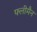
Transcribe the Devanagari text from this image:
फ्लीमैन